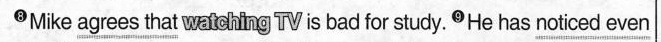
8Mike \underline{agrees that} watohng TV is bad for study.He has \underline{noticed even